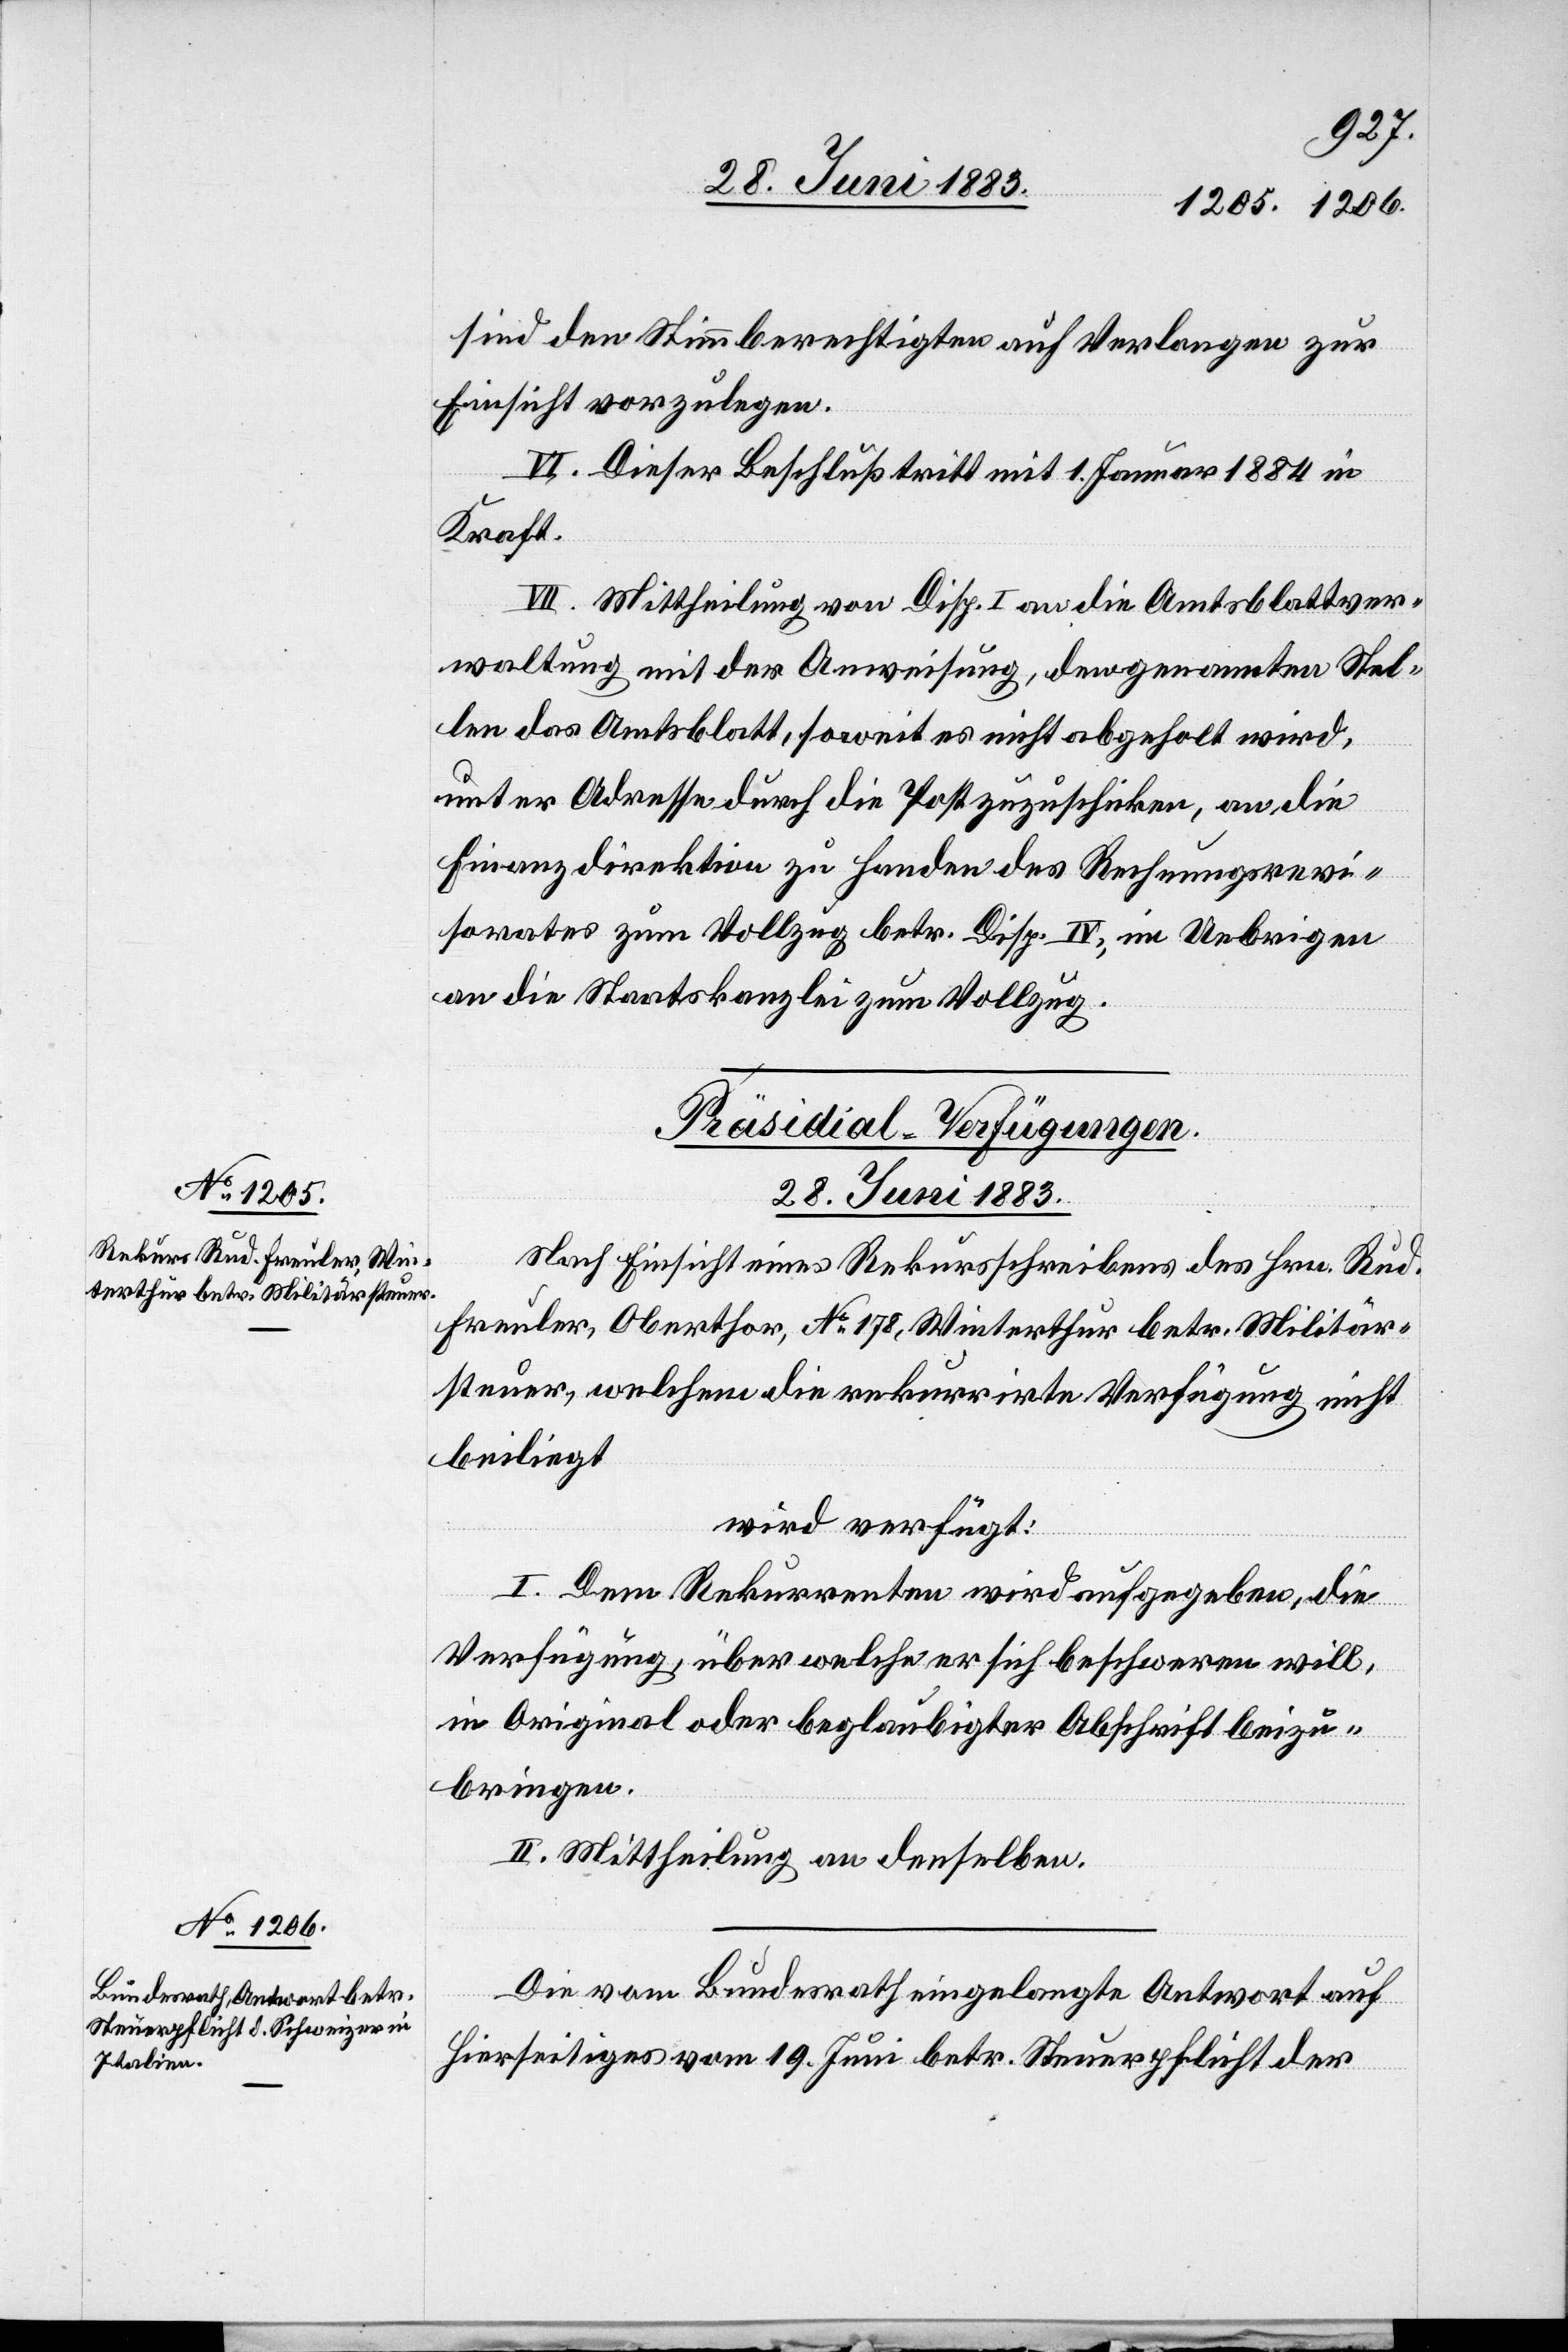
sind den Stimmberechtigten auf Verlangen zur
Einsicht vorzulegen.
IV. Dieser Beschluß tritt mit dem 1. Januar 1884 in
Kraft.
VII. Mittheilung von Disp. I an die Amtsblattver¬
waltung mit der Anweisung, den genannten Stel¬
len das Amtsblatt, soweit es nicht abgeholt wird,
unter Adresse durch die Post zuzuschicken, an die
Finanzdirektion zu Handen des Rechnungsrevi¬
sorates zum Vollzug betr. Disp. IV, im Uebrigen
an die Staatskanzlei zum Vollzug.
[Präsidial-Verfügungen.
28. Juni 1883.]
Nach Einsicht eines Rekursschreibens des Hrn. Rud.
Freuler, Oberthor, No 178, Winterthur betr. Militär¬
steuer, welchem die rekurrirte Verfügung nicht
beiliegt
wird verfügt:
I. Dem Rekurrenten wird aufgegeben, die
Verfügung, über welche er sich beschweren will,
in Original oder beglaubigter Abschrift beizu¬
bringen.
II. Mittheilung an denselben.
Die vom Bundesrath eingelangte Antwort auf
hierseitiges vom 19. Juni betr. Steuerpflicht der